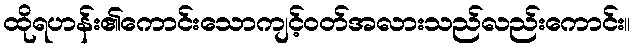
ထိုရဟန်း၏ကောင်းသောကျင့်ဝတ်အလားသည်လည်းကောင်း။